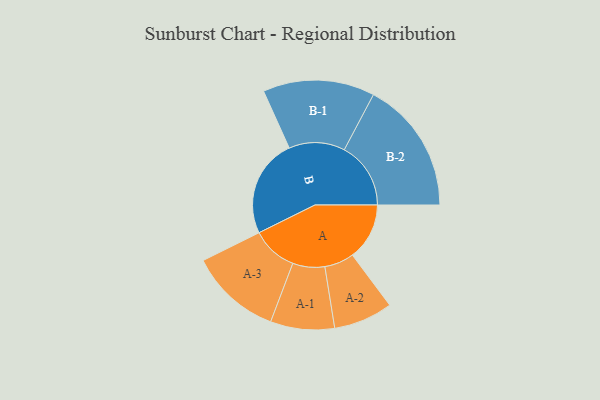
{"axis": {"x": "Segment", "y": "Value"}, "legend": ["", "A", "B"], "data": [{"x": "A", "y": 210, "type": ""}, {"x": "B", "y": 363, "type": ""}, {"x": "A-1", "y": 118, "type": "A"}, {"x": "A-2", "y": 109, "type": "A"}, {"x": "A-3", "y": 169, "type": "A"}, {"x": "B-1", "y": 206, "type": "B"}, {"x": "B-2", "y": 245, "type": "B"}]}